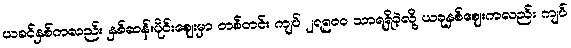
ယခင်နှစ်ကလည်း နှစ်ဆန်းပိုင်းဈေးမှာ တစ်တင်း ကျပ် ၂၇၅၀ဝ သာရရှိခဲ့လို့ ယခုနှစ်ဈေးကလည်း ကျပ်